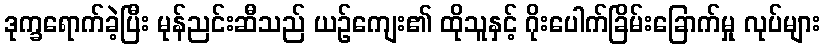
ဒုက္ခရောက်ခဲ့ပြီး မုန်ညင်းဆီသည် ယဉ်ကျေး၏ ထိုသူနှင့် ဂိုးပေါက်ခြိမ်းခြောက်မှု လုပ်များ